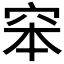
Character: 𥥑